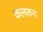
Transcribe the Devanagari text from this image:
कलकथ